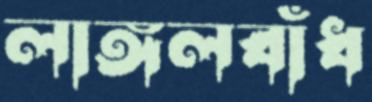
লাঙ্গলবাঁধ